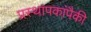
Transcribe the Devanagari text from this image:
प्रस्थापकांपैकी